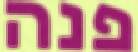
פנה